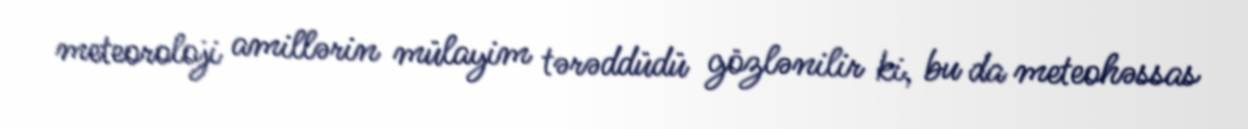
meteoroloji amillərin mülayim tərəddüdü gözlənilir ki, bu da meteohəssas